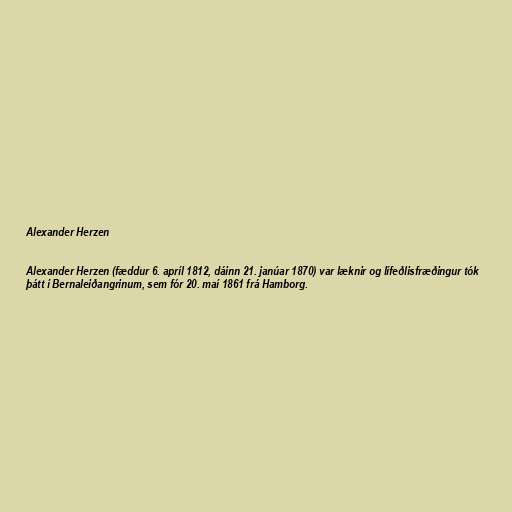
Alexander Herzen

Alexander Herzen (fæddur 6. apríl 1812, dáinn 21. janúar 1870) var læknir og lífeðlisfræðingur tók
þátt í Bernaleiðangrinum, sem fór 20. maí 1861 frá Hamborg.